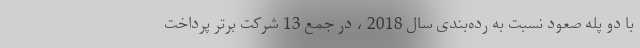
با دو پله صعود نسبت به رده‌بندی سال 2018 ، در جمع 13 شرکت برتر پرداخت